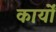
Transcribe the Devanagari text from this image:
कार्याें